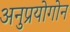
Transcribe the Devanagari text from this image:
अनुप्रयोगोन